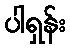
ပါရှန်း